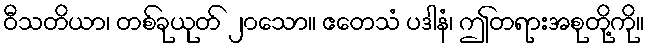
ဝီသတိယာ၊ တစ်ခုယုတ် ၂၀သော။ ဧတေသံ ပဒါနံ၊ ဤတရားအစုတို့ကို။